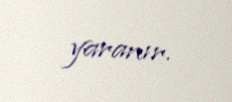
yaranır.